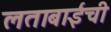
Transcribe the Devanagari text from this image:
लताबाईंची